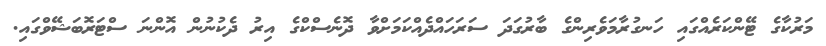
މަރުކާގެ ޓޭންކަރެއްގައި ހަނގުރާމަވެރިންގެ ބާރުގަދަ ސަރަހައްދެއްކަމަށްވާ ދޮނެސްކްގެ އިރު ދެކުނުން އޮންނަ ސްޓަރޮބަޝޭވްގައި.